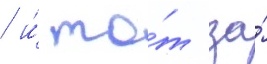
/ и́ то́т за́